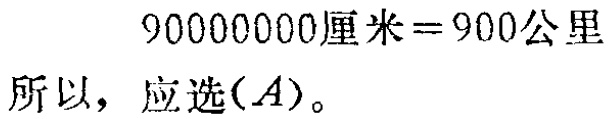
\(90000000\text{厘米}=900\text{公里}\)
所以，应选\((A)\)。